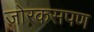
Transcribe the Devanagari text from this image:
जोरकसपण